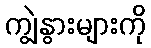
ကျွဲနွားများကို